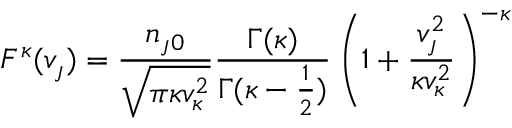
F ^ { \kappa } ( v _ { \jmath } ) = \frac { n _ { \jmath 0 } } { \sqrt { \pi \kappa v _ { \kappa } ^ { 2 } } } \frac { \Gamma ( \kappa ) } { \Gamma ( \kappa - \frac { 1 } { 2 } ) } \left( 1 + \frac { v _ { \jmath } ^ { 2 } } { \kappa v _ { \kappa } ^ { 2 } } \right) ^ { - \kappa }